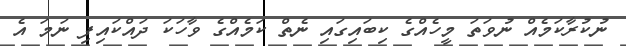
ނުކުރާކަމެއް ނުވަތަ މީހެއްގެ ކިބައިގައި ނެތް ކަމެއްގެ ވާހަކަ ދައްކައިފި ނަމަ އެ